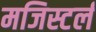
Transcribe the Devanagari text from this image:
मजिस्टर्ल